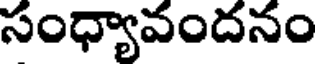
సంధ్యావందనం